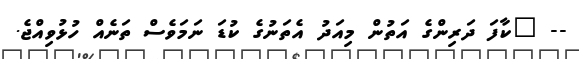
-- "ކާފަ ދަރިންގެ އަތުން މިއަދު އެތަނުގެ ކުޑަ ނަމަވެސް ތަނެއް ހުޅުވިއްޖެ.